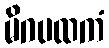
မိဂပထကံ